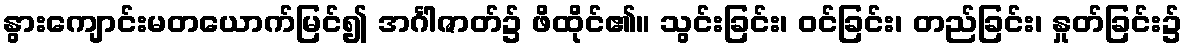
နွားကျောင်းမတယောက်မြင်၍ အင်္ဂါဇာတ်၌ ဖိထိုင်၏။ သွင်းခြင်း၊ ဝင်ခြင်း၊ တည်ခြင်း၊ နှုတ်ခြင်း၌